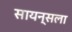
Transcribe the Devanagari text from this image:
सायन्सला